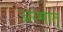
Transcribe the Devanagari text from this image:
अस्मात्‌